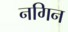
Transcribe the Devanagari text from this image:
नगिन